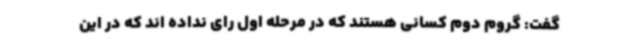
گفت: گروم دوم کسانی هستند که در مرحله اول رای نداده اند که در این